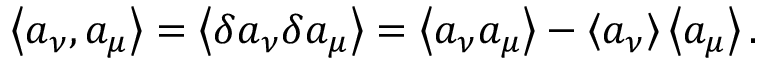
\left\langle a _ { \nu } , a _ { \mu } \right\rangle = \left\langle \delta a _ { \nu } \delta a _ { \mu } \right\rangle = \left\langle a _ { \nu } a _ { \mu } \right\rangle - \left\langle a _ { \nu } \right\rangle \left\langle a _ { \mu } \right\rangle .